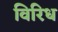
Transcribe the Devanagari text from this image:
विरिध